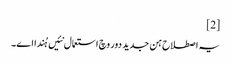
[2]
یہ اصطلاح ہن جدید دور وچ استعمال نئیں ہُندا ا‏‏ے۔